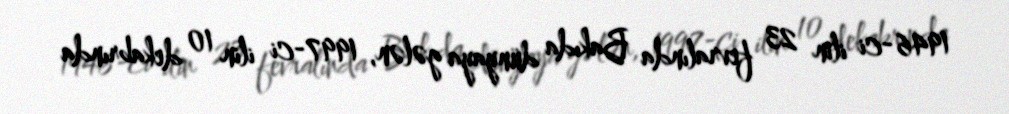
1946-ci ilin 23 fevralında Bakıda dünyaya gələn, 1997-ci ilin 10 dekabrında